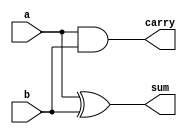
// half_adder_verilog.v

module half_adder_verilog(
		input	wire	a, b,
		output wire sum, carry
);

assign sum = a ^ b;
assign carry = a & b;

endmodule